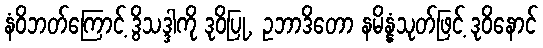
နံဝိဘတ်ကြောင့် ဒွိသဒ္ဒါကို ဒုဝိပြု, ဥဘာဒိတော နမိန္နံသုတ်ဖြင့် ဒုဝိနောင်